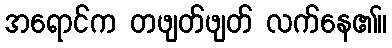
အရောင်က တဖျတ်ဖျတ် လက်နေ၏။